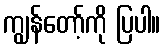
ကျွန်တော့်ကို ပြပါ။